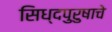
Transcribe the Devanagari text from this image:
सिध्दपुरुषाचे